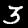
Label: 3